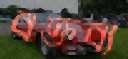
বক্তব্য